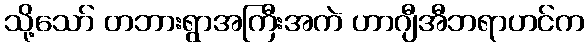
သို့သော် တဘားရွာအကြီးအကဲ ဟာဂျီအီဘရာဟင်က